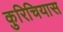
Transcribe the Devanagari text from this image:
कुरिचियास